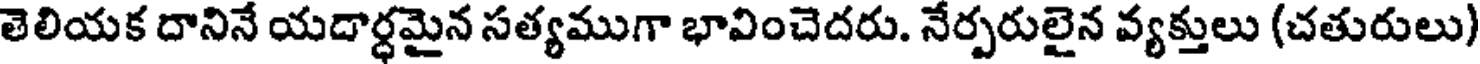
తెలియక దానినే యదార్ధమైన సత్యముగా భావించెదరు. నేర్పరులైన వ్యక్తులు (చతురులు)